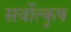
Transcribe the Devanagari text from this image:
सर्वोत्कृष